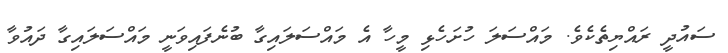
ސައުދީ ރައްޔިތެކެވެ. މައްސަލަ ހުށަހެޅި މީހާ އެ މައްސަލައިގާ ބުނެފައިވަނީ މައްސަލައިގާ ދައުވާ